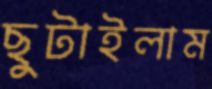
ছুটাইলাম